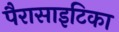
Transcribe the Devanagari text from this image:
पैरासाइटिका